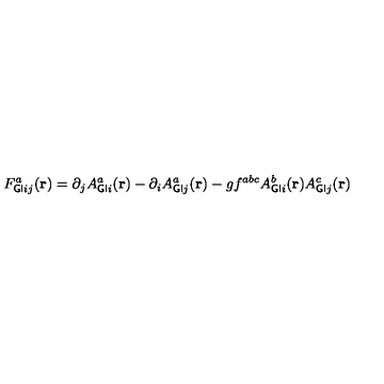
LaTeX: F _ { { \sf G I } i j } ^ { a } ( { \bf r } ) = \partial _ { j } A _ { { \sf G I } i } ^ { a } ( { \bf r } ) - \partial _ { i } A _ { { \sf G I } j } ^ { a } ( { \bf r } ) - g f ^ { a b c } A _ { { \sf G I } i } ^ { b } ( { \bf r } ) A _ { { \sf G I } j } ^ { c } ( { \bf r } )